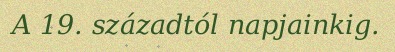
A 19. századtól napjainkig.